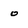
Character: 0